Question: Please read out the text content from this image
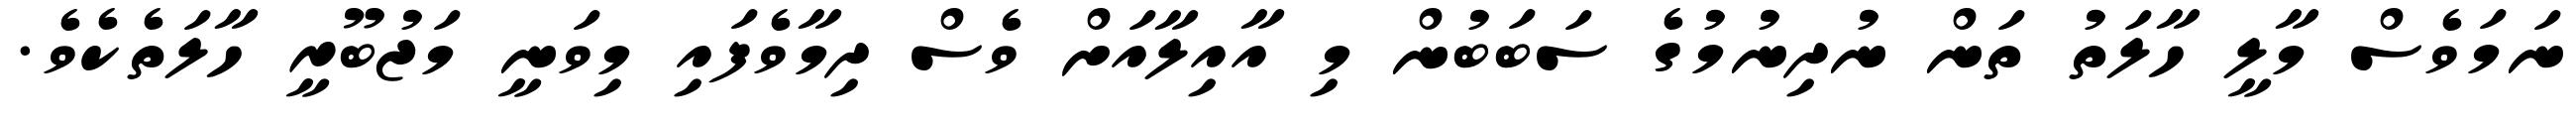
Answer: ނަމަވެސް މާލީ ހާލަތު ތަން ނުދިނުމުގެ ސަބަބުން މި އާއިލާއަށް ވެސް ދިމާވެފައި މިވަނީ މަޖުބޫރީ ހާލަތެކެވެ.